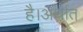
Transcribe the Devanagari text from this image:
है।अर्थात